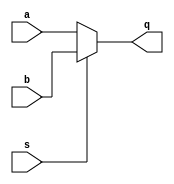
module mux2to1 
    #(parameter WIDTH=16)
    (a, b, s, q);
    input [WIDTH-1:0] a, b;
    input s;
    output reg [WIDTH-1:0] q;

    always @(a,b,s) begin
        if (s) q = b;
        else   q = a;
    end

endmodule

module mux4to1
    #(parameter WIDTH=16)
    (a, b, c, d, s, q);
    input [WIDTH-1:0] a, b, c, d;
    input [1:0] s;
    output reg [WIDTH-1:0] q;

    always @(a,b,c,d,s) begin
        case(s)
            0: q = a;
            1: q = b;
            2: q = c;
            3: q = d;
        endcase
    end
    
endmodule